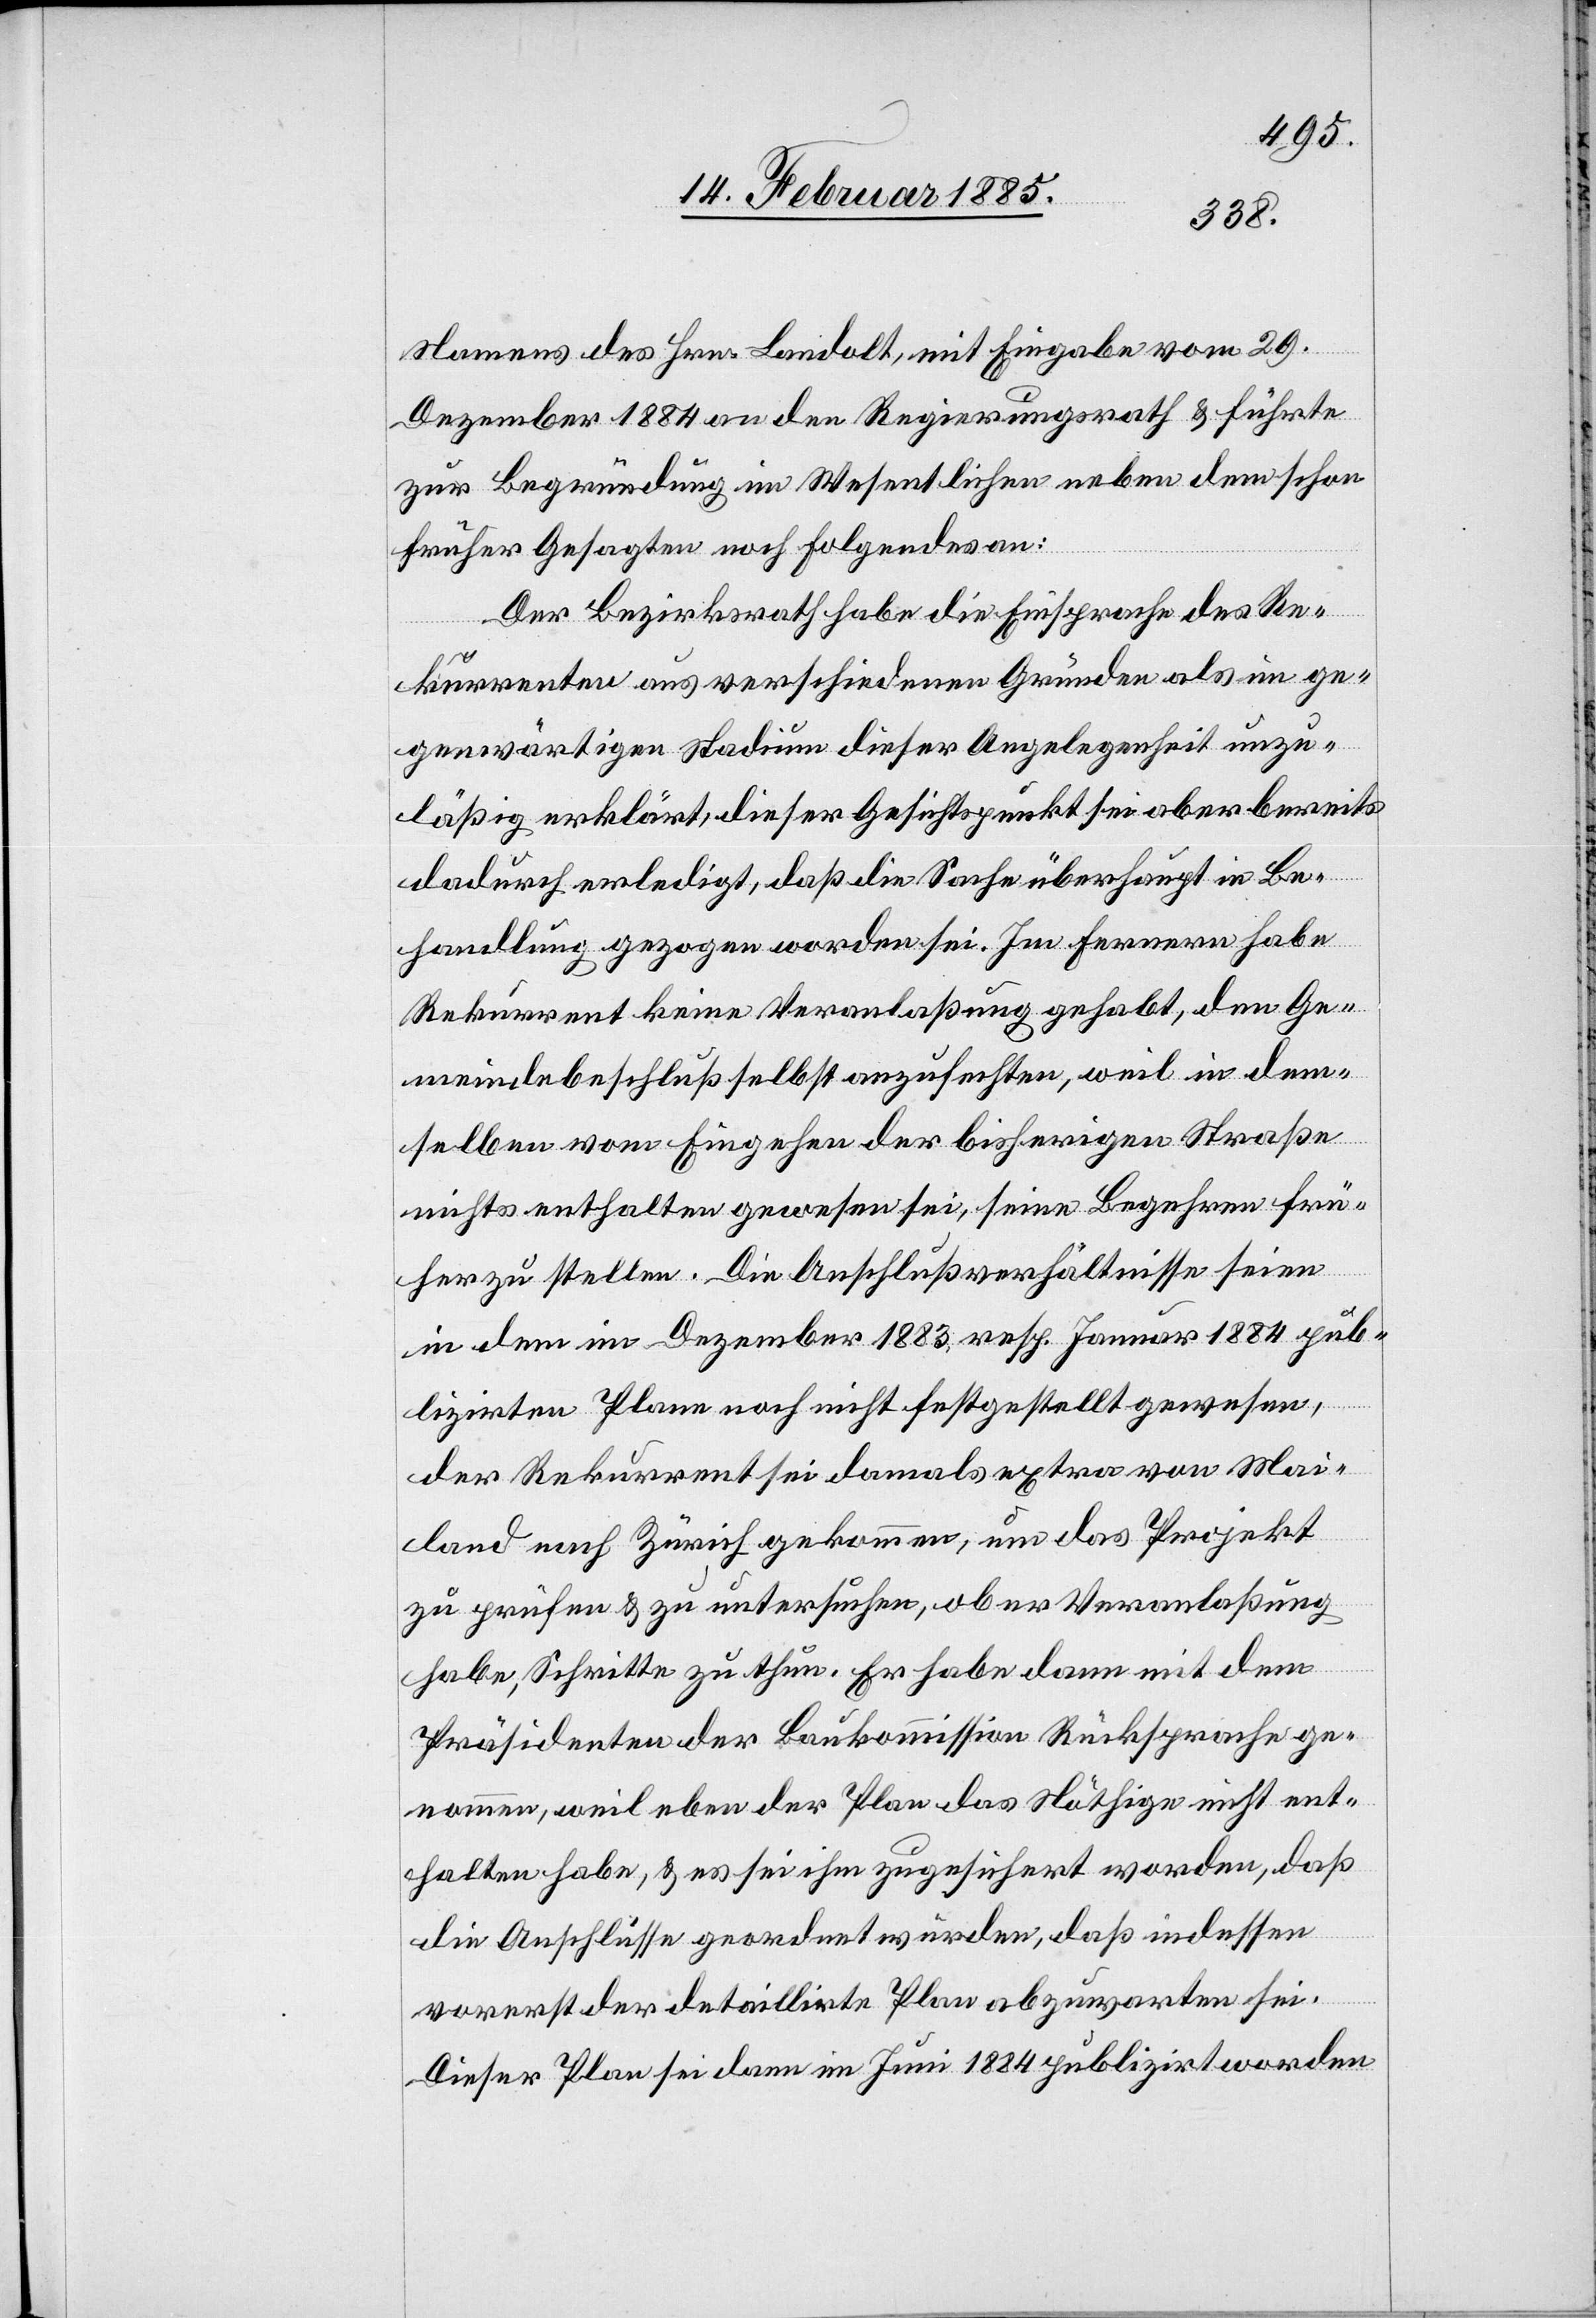
Namens des Hrn. Landolt, mit Eingabe vom 29.
Dezember 1884 an den Regierungsrath & führte
zur Begründung im Wesentlichen neben dem schon
früher Gesagten noch folgendes an:
Der Bezirksrath habe die Einsprache des Re¬
kurrenten aus verschiedenen Gründen als im ge¬
wärtigen Stadium dieser Angelegenheit unzu¬
läßig erklärt, dieser Gesichtspunkt sei aber bereits
dadurch erledigt, daß die Sache überhaupt in Be¬
handlung gezogen worden sei. Im fernern habe
Rekurrent keine Veranlaßung gehabt, den Ge¬
meindebeschluß selbst anzufechten, weil in dem¬
selben vom Eingehen der bisherigen Straße
nichts enthalten gewesen sei, seine Begehren frü¬
her zu stellen. Die Anschlußverhältnisse seien
in dem im Dezember 1883, resp. Januar 1884 pub¬
lizirten Plane noch nicht festgestellt gewesen,
der Rekurrent sei damals extra von Mai¬
land nach Zürich gekommen, um das Projekt
zu prüfen & zu untersuchen, ob er Veranlaßung
habe, Schritte zu thun. Er habe dann mit dem
Präsidenten der Baukommission Rücksprachen ge¬
nommen, weil eben der Plan das Nöthige nicht ent¬
halten habe, & es sei ihm zugesichert worden, daß
die Anschlüsse geordnet würden, daß indessen
vorerst der detaillirte Plan abzuwarten sei.
Dieser Plan sei dann im Juni 1884 publizirt worden